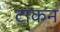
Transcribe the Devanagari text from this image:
टाकन